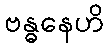
ဗန္ဓနေဟိ